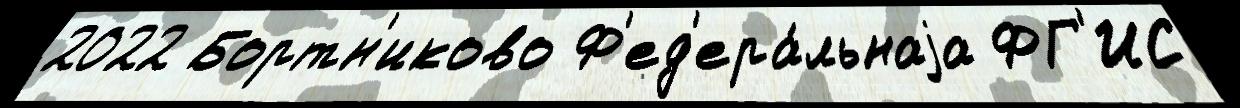
2022 Бортн'иково Ф'ед'ера́льнаjа ФГ'ИС